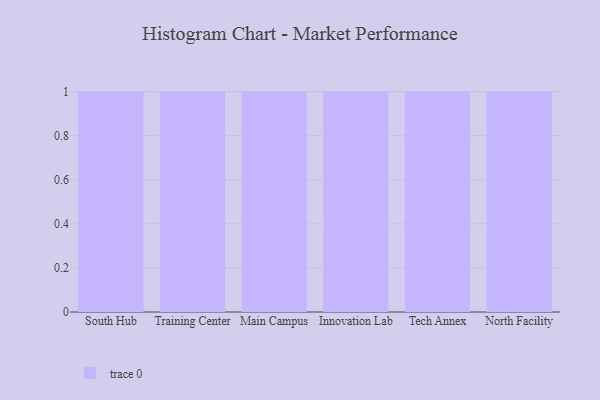
{"axis": {"x": "Campus", "y": "Conversion Rate (%)"}, "legend": [""], "data": [{"x": "South Hub", "y": 68, "type": ""}, {"x": "Training Center", "y": 87, "type": ""}, {"x": "Main Campus", "y": 64, "type": ""}, {"x": "Innovation Lab", "y": 65, "type": ""}, {"x": "Tech Annex", "y": 23, "type": ""}, {"x": "North Facility", "y": 28, "type": ""}]}